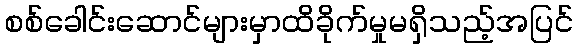
စစ်ခေါင်းဆောင်များမှာထိခိုက်မှုမရှိသည့်အပြင်